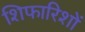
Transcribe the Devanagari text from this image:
शिफारिशों